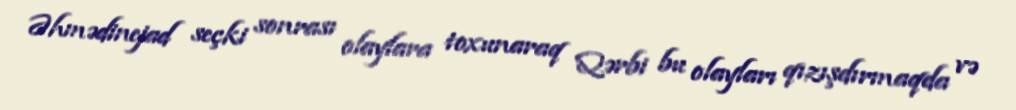
Əhmədinejad seçki sonrası olaylara toxunaraq Qərbi bu olayları qızışdırmaqda və